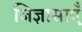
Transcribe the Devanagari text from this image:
जिज्ञासाएँ